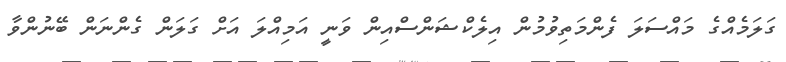
ގަލަމެއްގެ މައްސަލަ ފެންމަތިވުމުން އިލެކްޝަންސްއިން ވަނީ އަމިއްލަ އަށް ގަލަން ގެންނަން ބޭނުންވާ